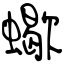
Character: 蠍